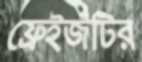
ফ্রেইজটির